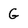
Character: G